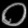
Digit: ၀